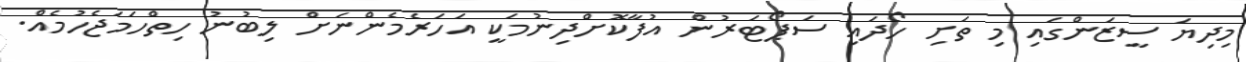
މިދިޔަ ސީޒަންގައި މި ތަށި ހޯދައި ސަޕޯޓަރުން އުފާކޮށްދިނުމަކީ އަހަރެމެންނަށް ލިބުނު ހިތްހަމަޖެހުމެއް.